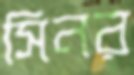
সিনর